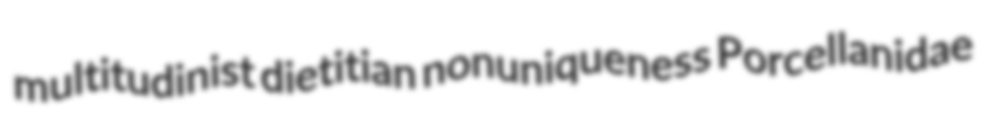
multitudinist dietitian nonuniqueness Porcellanidae